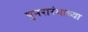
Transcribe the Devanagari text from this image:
पुनरारंभाच्या